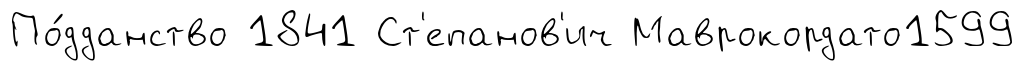
По́дданство 1841 Ст'епанов'ич Маврокордато1599